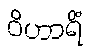
ဝိဟာရိံ